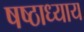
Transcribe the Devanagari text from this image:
षष्ठाध्याय